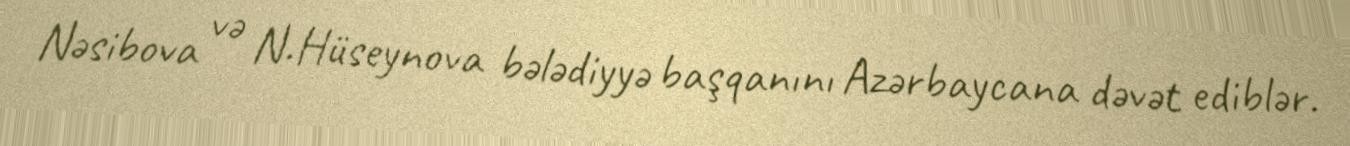
Nəsibova və N.Hüseynova bələdiyyə başqanını Azərbaycana dəvət ediblər.